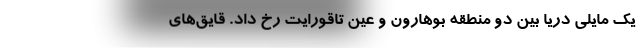
یک مایلی دریا بین دو منطقه بوهارون و عین تاقورایت رخ داد. قایق‌های